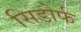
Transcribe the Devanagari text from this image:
सिडोर्फ